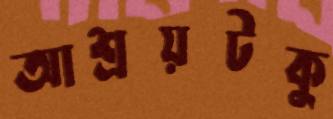
আশ্রয়টকু